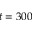
t = 3 0 0